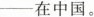
-在中国。